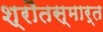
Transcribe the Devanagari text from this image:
श्रौतस्मार्त